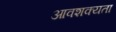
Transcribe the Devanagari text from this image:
आवशक्यता